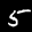
Label: 5